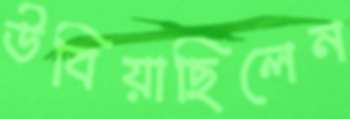
উবিয়াছিলেন